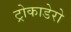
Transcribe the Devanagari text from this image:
ट्रोकाडेरो